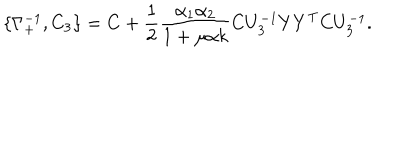
\{ \Gamma _ { + } ^ { - 1 } , C _ { 3 } \} = C + \frac { 1 } { 2 } \frac { \alpha _ { 1 } \alpha _ { 2 } } { 1 + \mu \alpha k } C U _ { 3 } ^ { - 1 } Y Y ^ { \mathrm { T } } C U _ { 3 } ^ { - 1 } .